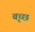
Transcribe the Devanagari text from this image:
बृच्‍छ